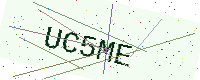
Text: UC5ME